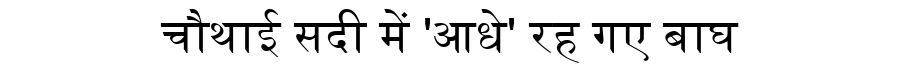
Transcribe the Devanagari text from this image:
चौथाई सदी में 'आधे' रह गए बाघ